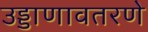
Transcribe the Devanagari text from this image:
उड्डाणावतरणे